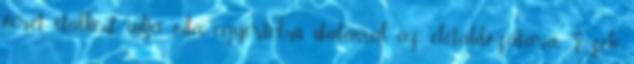
vérét italként adja oda, egyértelmű utalással az életáldozatára. Ezek